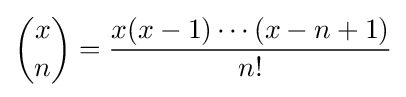
{\binom {x}{n}}={\frac {x(x-1)\cdots (x-n+1)}{n!}}